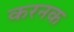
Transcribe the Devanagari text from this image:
करनक